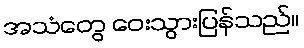
အသံတွေ ဝေးသွားပြန်သည်။